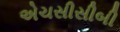
એચસીસીબી